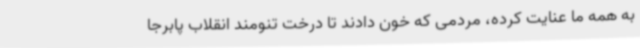
به همه ما عنایت کرده، مردمی که خون دادند تا درخت تنومند انقلاب پابرجا